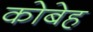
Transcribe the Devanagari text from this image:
कोबेह